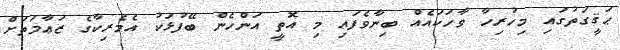
ޙަޤީގަތުގައި މިހުރިހާ ވާހަކައެއް ބިނާވެފައި މި އޮތީ އަންހެން ބޭފުޅަކު އެމެރިކާގެ ޒަޢާމަތަށް